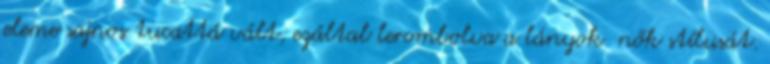
eleme sajnos tucattá vált, ezáltal lerombolva a lányok nők stílusát.